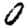
Digit: 0